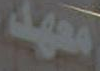
معهد